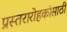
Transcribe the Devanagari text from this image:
प्रस्तरारोहकांसाठी